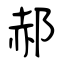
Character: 郝